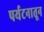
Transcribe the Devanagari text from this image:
पर्यटनातून